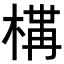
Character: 𭫐